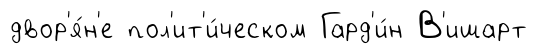
двор'я́н'е пол'ит'и́ческом Гард'и́н В'ишарт